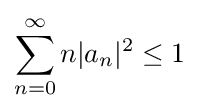
\sum _{n=0}^{\infty }n|a_{n}|^{2}\leq 1